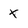
Character: x